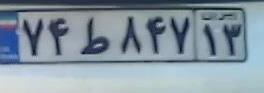
۷۴ط۸۴۷۱۳